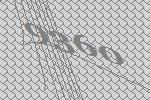
9360